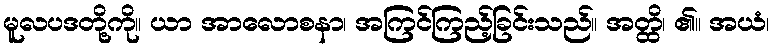
မူလပဒတို့ကို။ ယာ အာလောစနာ၊ အကြင်ကြည့်ခြင်းသည်။ အတ္ထိ၊ ၏။ အယံ၊